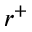
r ^ { + }